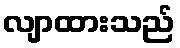
လျာထားသည်